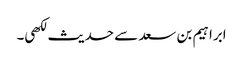
ابراہیم بن سعد سے حدیث لکھی۔